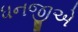
ધનજીએ